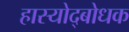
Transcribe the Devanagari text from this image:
हास्योद्बोधक